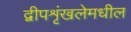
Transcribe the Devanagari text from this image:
द्वीपशृंखलेमधील